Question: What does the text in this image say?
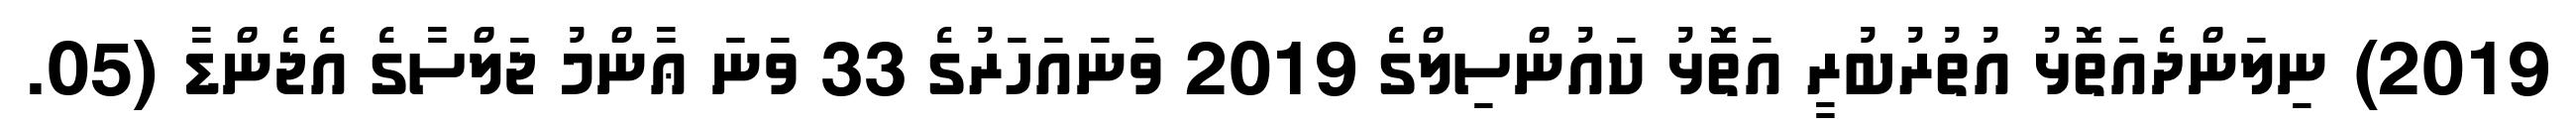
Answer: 2019) ނިލަންދެއަތޮޅު އުތުރުބުރީ އަތޮޅު ކައުންސިލްގެ 2019 ވަނައަހަރުގެ 33 ވަނަ ޢާންމު ޖަލްސާގެ އެޖެންޑާ (05.